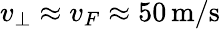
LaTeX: v_{\perp}\approx v_{F}\approx 50\, \mathrm{m/s}